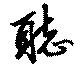
聽